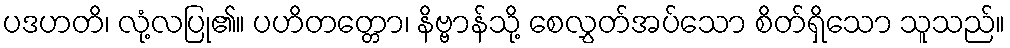
ပဒဟတိ၊ လုံ့လပြု၏။ ပဟိတတ္တော၊ နိဗ္ဗာန်သို့ စေလွှတ်အပ်သော စိတ်ရှိသော သူသည်။